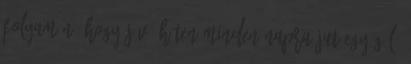
folyamán, hogy jövő héten minden napra jut egy gól.